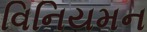
વિનિયમન